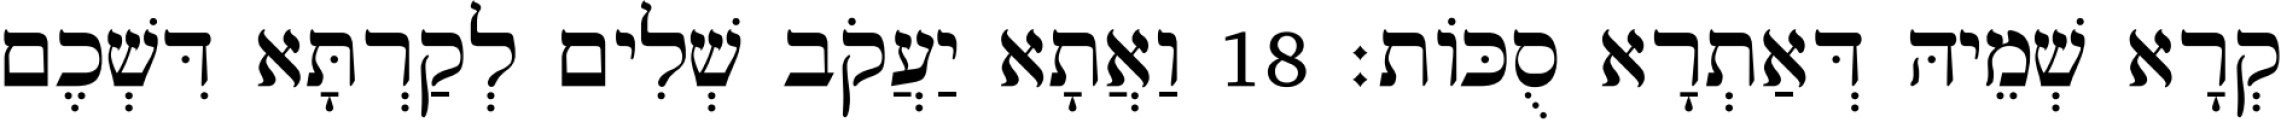
קְרָא שְׁמֵיהּ דְּאַתְרָא סֻכּוֹת׃ 18 וַאֲתָא יַעֲקֹב שְׁלִים לְקַרְתָּא דִּשְׁכֶם